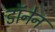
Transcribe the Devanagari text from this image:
डॉनेन